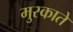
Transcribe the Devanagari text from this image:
मुस्काते